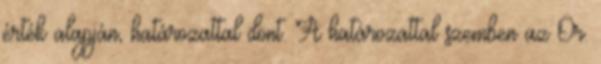
érték alapján, határozattal dönt. A határozattal szemben az Ör.